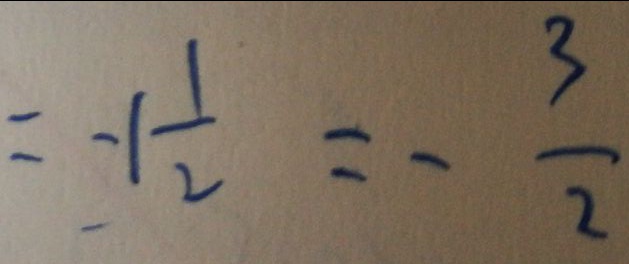
= - 1 \frac { 1 } { 2 } = - \frac { 3 } { 2 }